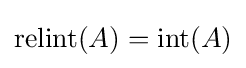
\mathrm {relint} (A)=\mathrm {int} (A)